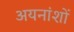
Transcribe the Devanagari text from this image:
अयनांशों